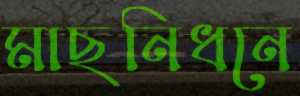
মাছনিধনে